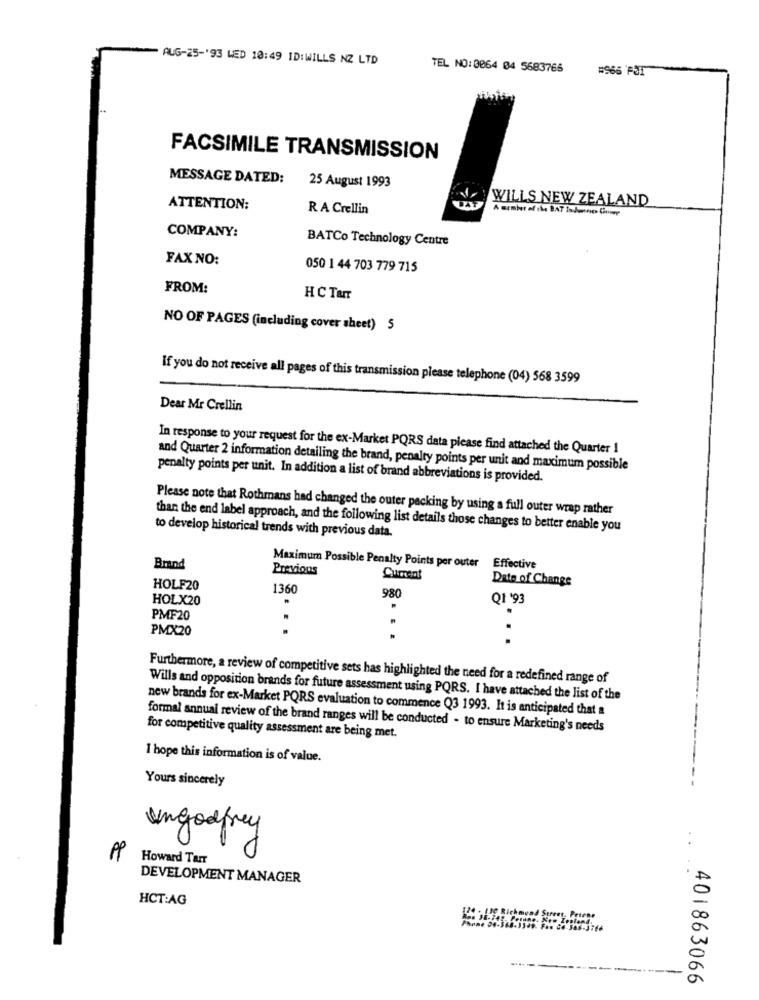
AUG-25-'93 LED 10:49 ID:WILLS NZ LTD
TEL NO:0064 04 5683765
#965 FT
FACSIMILE TRANSMISSION
MESSAGE DATED: 25 August 1993
WILLS NEW ZEALAND
ATTENTION:
R A Crellin
COMPANY:
BATCo Technology Centre
FAX NO:
050 1 44 703 779 715
FROM:
HC TANT
NO OF PAGES (including cover sheet) 5
If you do not receive all pages of this transmission please telephone (04) 568 3599
Dear Mr Crellin
In response to your request for the ex-Market PORS data please find attached the Quarter 1
and Quarter 2 information detailing the brand, penalty points per unit and maximum possible
penalty points per unit. In addition a list of brand abbreviations is provided.
Please note that Rothmans had changed the outer packing by using a full outer wrap rather
than the end label approach, and the following list details those changes to better enable you
to develop historical trends with previous data.
Brand
Maximum Possible Penalty Points per outer
Previons
Effective
Date of Change
HOLF20
1360
HOLX20
980
Q1 '93
PMF20
PMX20
Furthermore, a review of competitive sets has highlighted the need for a redefined range of
Wills and opposition brands for future assessment using PQRS. I have attached the list of the
new brands for ex-Market PQRS evaluation to commence Q3 1993. It is anticipated that a
formal annual review of the brand ranges will be conducted - to ensure Marketing's needs
for competitive quality assessment are being met.
I hope this information is of value.
Yours sincerely
ungodfrey
Howard Tarr
DEVELOPMENT MANAGER
HCT:AG
LIC Richmond Street, Posene
-------
401863066